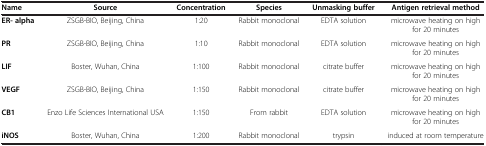
| Name | Source | Concentration | Species | Unmasking buffer | Antigen retrieval method |
 | --- | --- | --- | --- | --- | --- |
 | ER- alpha | ZSGB-BIO, Beijing, China | 1:20 | Rabbit monoclonal | EDTA solution | microwave heating on high for 20 minutes |
 | PR | ZSGB-BIO, Beijing, China | 1:10 | Rabbit monoclonal | EDTA solution | microwave heating on high for 20 minutes |
 | LIF | Boster, Wuhan, China | 1:100 | Rabbit monoclonal | citrate buffer | microwave heating on high for 20 minutes |
 | VEGF | ZSGB-BIO, Beijing, China | 1:150 | Rabbit monoclonal | citrate buffer | microwave heating on high for 20 minutes |
 | CB1 | Enzo Life Sciences International USA | 1:150 | From rabbit | EDTA solution | microwave heating on high for 20 minutes |
 | iNOS | Boster, Wuhan, China | 1:200 | Rabbit monoclonal | trypsin | induced at room temperature |